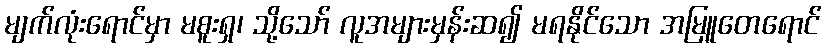
မျက်လုံးရောင်မှာ မစူးရှ၊ သို့သော် လူအများမှန်းဆ၍ မရနိုင်သော အမြူတေရောင်